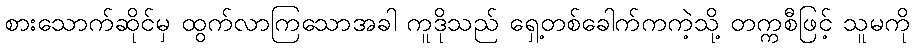
စားသောက်ဆိုင်မှ ထွက်လာကြသောအခါ ကူဒိုသည် ရှေ့တစ်ခေါက်ကကဲ့သို့ တက္ကစီဖြင့် သူမကို